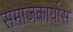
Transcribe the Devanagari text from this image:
समाजकार्यास